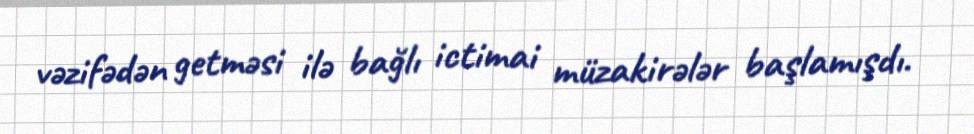
vəzifədən getməsi ilə bağlı ictimai müzakirələr başlamışdı.